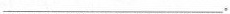
___。